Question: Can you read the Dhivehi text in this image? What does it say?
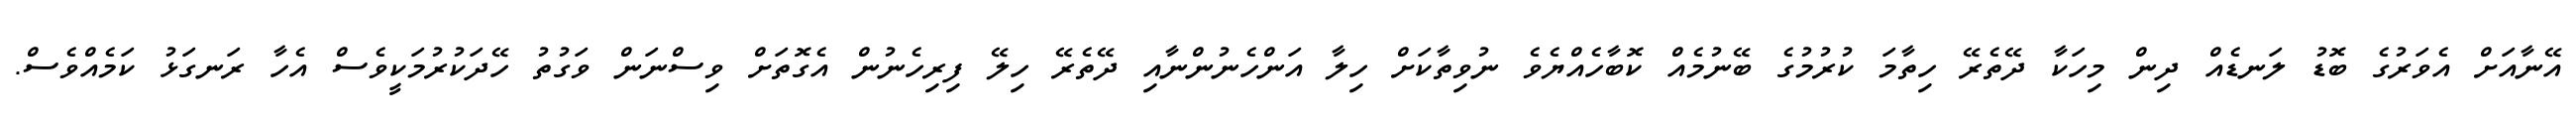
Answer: އޭނާއަށް އެވަރުގެ ބޮޑު ލަނޑެއް ދިން މިހަކާ ދޭތެރޭ ހިތާމަ ކުރުމުގެ ބޭނުމެއް ކޮބާހެއްޔެވެ ނުވިތާކަށް ހިލާ އަންހެނުންނާއި ދޭތެރޭ ހިލޭ ފިރިހެނުން އެގޮތަށް ވިސްނަން ވަގުތު ހޭދަކުރުމަކީވެސް އެހާ ރަނގަޅު ކަމެއްވެސް.